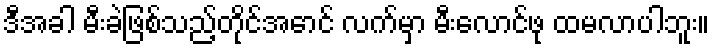
ဒီအခါ မီးခဲဖြစ်သည့်တိုင်အောင် လက်မှာ မီးလောင်ဖု ထမလာပါဘူး။